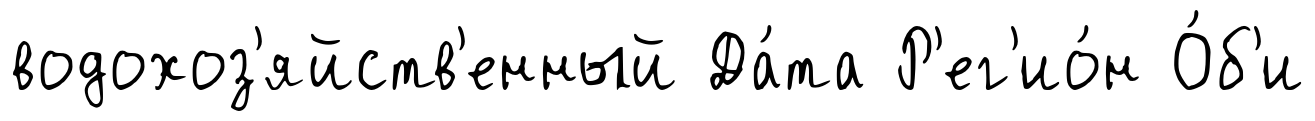
водохоз'яйств'енный Да́та Р'ег'ио́н О́б'и